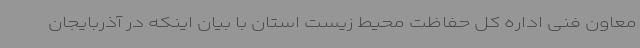
معاون فنی اداره کل حفاظت محیط زیست استان با بیان اینکه در آذربایجان